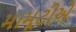
મામૂટીએ